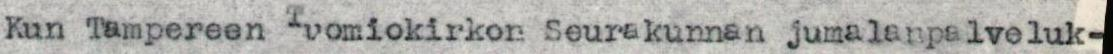
Kun Tampereen Tuomiokirkon Seurakunnan jumalanpalveluk-